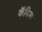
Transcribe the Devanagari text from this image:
कॅमियो